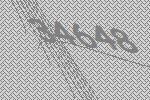
34648